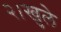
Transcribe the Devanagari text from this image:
२।खुले